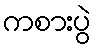
ကစားပွဲ